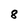
Character: 8